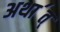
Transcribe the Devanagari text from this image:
अथा॔त्